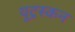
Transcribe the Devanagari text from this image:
यूट्रस्कन